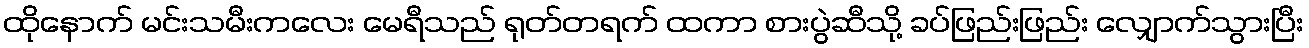
ထိုနောက် မင်းသမီးကလေး မေရီသည် ရုတ်တရက် ထကာ စားပွဲဆီသို့ ခပ်ဖြည်းဖြည်း လျှောက်သွားပြီး